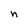
Character: n